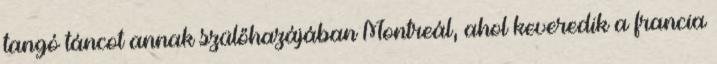
tangó táncot annak szülőhazájában Montreál, ahol keveredik a francia